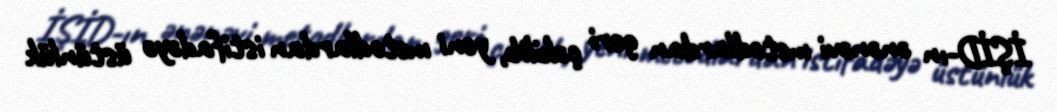
İŞİD-ın ənənəvi metodlardan geri çəkilib, yeni metodlardan istifadəyə üstünlük